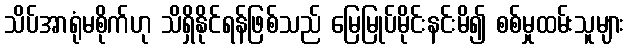
သိပ်အာရုံမစိုက်ဟု သိရှိနိုင်ရန်ဖြစ်သည် မြေမြုပ်မိုင်းနင်းမိ၍ စစ်မှုထမ်းသူများ